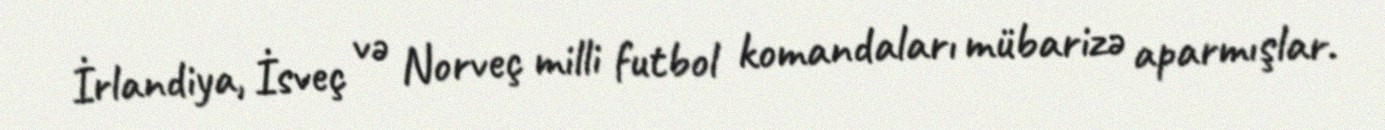
İrlandiya, İsveç və Norveç milli futbol komandaları mübarizə aparmışlar.